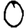
Digit: 0